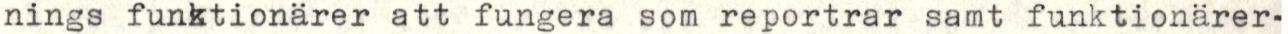
nings funktionärer att fungera som reportrar samt funktionärer-